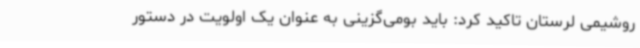
روشیمی لرستان تاکید کرد: باید بومی‌گزینی به عنوان یک اولویت در دستور